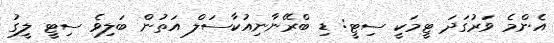
އެންމެ ވަރުގަދަ ޓީމަކީ ސިޓީ: ޑި ބްރޭނާނިއުކާސަލް އަތުން ބަލިވެ ސިޓީ ލީގު